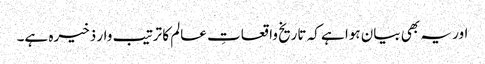
اور یہ بھی بیان ہوا ہے کہ تاریخ واقعاتِ عالم کا ترتیب وار ذخیرہ ہے۔